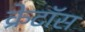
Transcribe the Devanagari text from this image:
क्रेटॉस